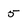
Character: 5